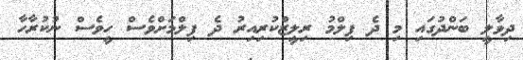
ދިވާލީ ބަންދުގައި މި ދެ ފިލްމު ރިލީޒްކުރިއިރު ދެ ފިލްމަށްވެސް ހީވެސް ނުކުރާހާ